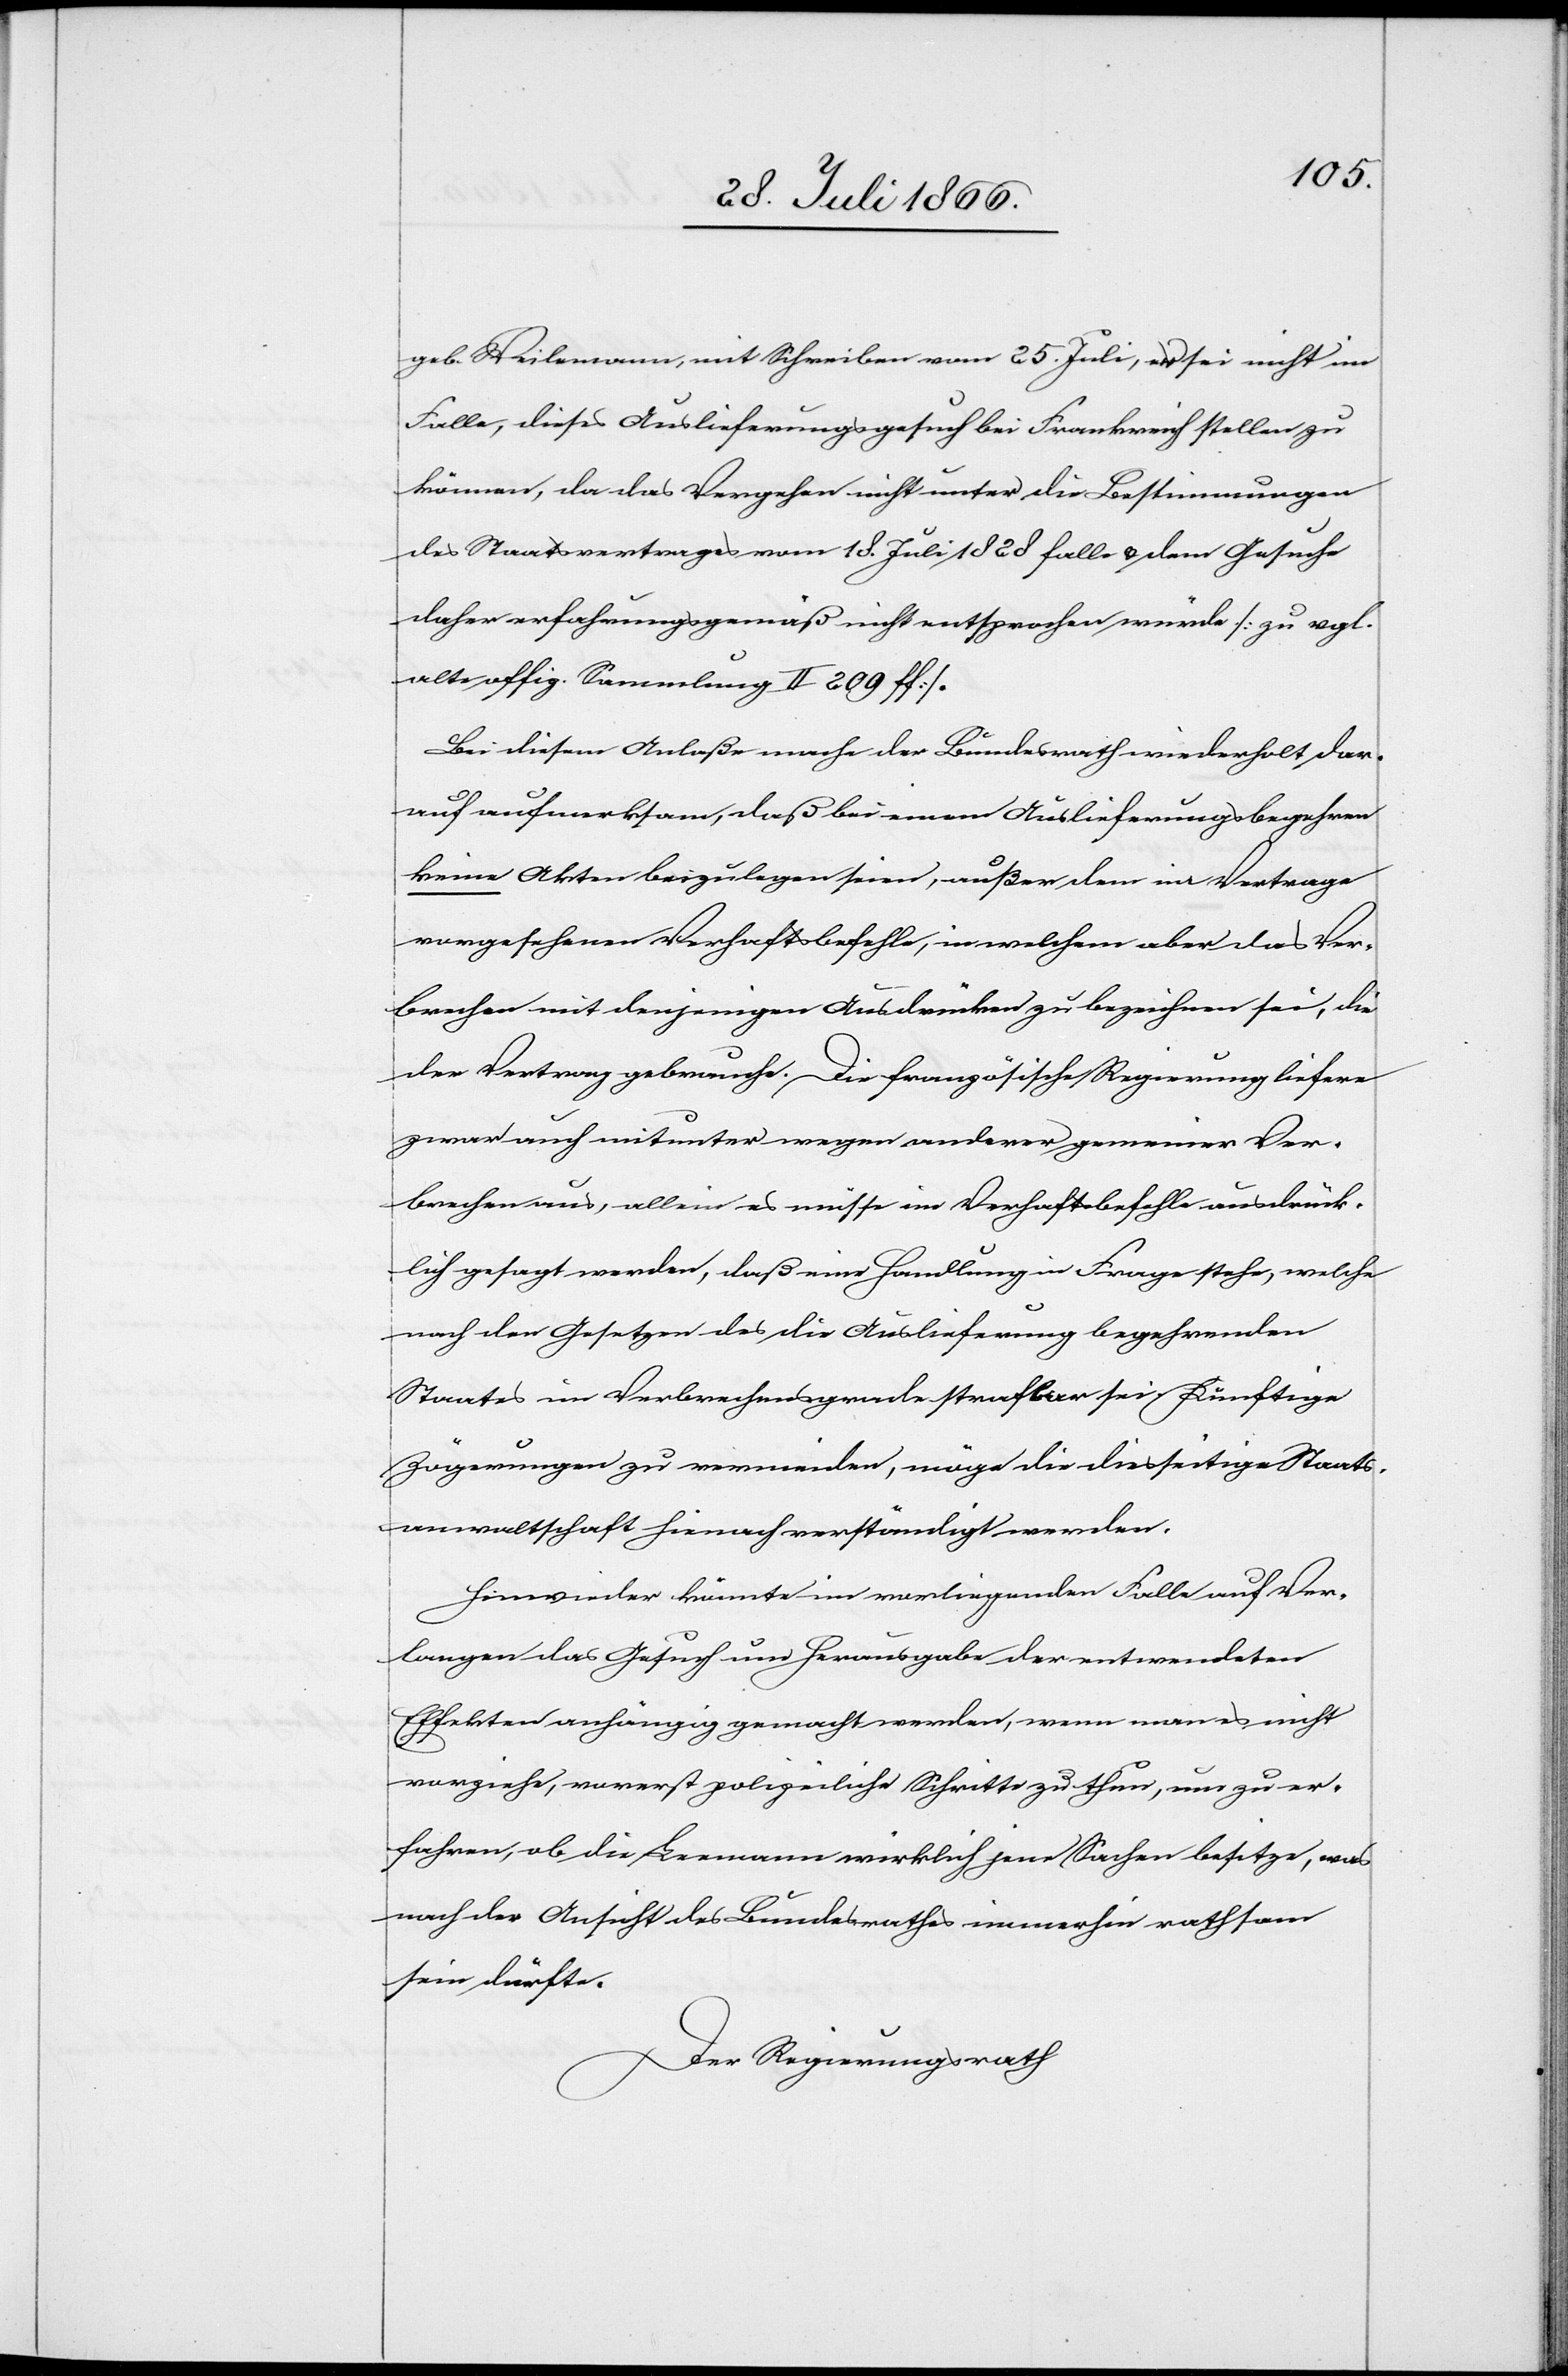
geb. Weilemann, mit Schreiben vom 25. Juli, er sei nicht im
Falle, dieses Auslieferungsgesuch bei Frankreich stellen zu
können, da das Vergehen nicht unter die Bestimmungen
des Staatsvertrages vom 18. Juli 1828 falle u. dem Gesuche
daher erfahrungsgemäß nicht entsprochen würde [zu vgl.
alte offiz. Sammlung II 209 ff.]
Bei diesem Anlaße mache der Bundesrath wiederholt dar¬
auf aufmerksam, daß bei einem Auslieferungsbegehren
keine Akten beizulegen seien, außer dem im Vertrage
vorgesehenen Verhaftsbefehle, in welchem aber das Ver¬
brechen mit denjenigen Ausdrücken zu bezeichnen sei, die
der Vertrag gebrauche. Die französische Regierung liefere
zwar auch mitunter wegen anderer gemeiner Ver¬
brechen aus, allein es müsse im Verhaftsbefehle ausdrück¬
lich gesagt werden, daß eine Handlunge in Frage stehe, welche
nach den Gesetzen des die Auslieferung begehrenden
Staates im Verbrechensgrade strafbar sei. Künftige
Zögerungen zu vermeiden, möge die diesseitige Staats¬
anwaltschaft hienach verständigt werden.
Hinwieder könnte im vorliegenden Falle auf Ver¬
langen das Gesuch um Herausgabe der entwendeten
Effekten anhängig gemacht werden, wenn man es nicht
vorziehe, vorerst polizeiliche Schritte zu thun, um zu er¬
fahren, ob die Leemann wirklich jene Sachen besitze, was
nach der Ansicht des Bundesrathes immerhin rathsam
sein dürfte.
Der Regierungsrath,